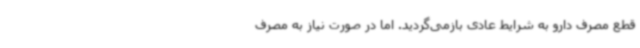
قطع مصرف دارو به شرایط عادی بازمی‌گردید. اما در صورت نیاز به مصرف